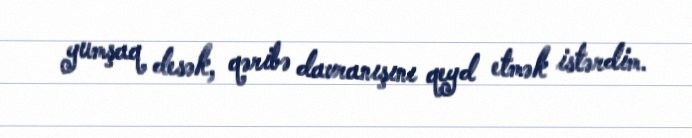
yumşaq desək, qəribə davranışını qeyd etmək istərdim.